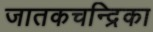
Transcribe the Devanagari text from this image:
जातकचन्द्रिका